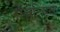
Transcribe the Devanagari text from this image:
रोज़ेन्किस्ट